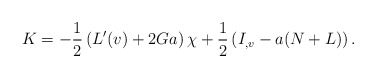
\begin{align*}K=-\frac{1}{2}\left(L'(v)+2Ga\right)\chi+\frac{1}{2}\left(I_{,v}-a(N+L)\right).\end{align*}